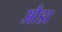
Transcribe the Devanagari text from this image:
औडा